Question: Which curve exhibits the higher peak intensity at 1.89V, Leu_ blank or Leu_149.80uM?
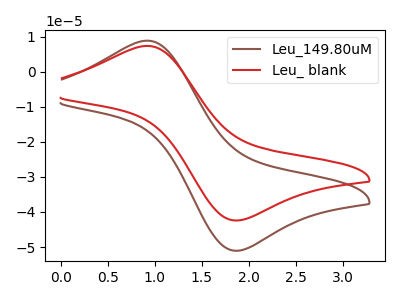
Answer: <think>The brown curve "Leu_149.80uM" has an anodic peak at (0.90V, 8.85uA) and a cathodic peak at (1.90V, -51.05uA). The red curve "Leu_ blank" has an anodic peak at (0.90V, 7.35uA) and a cathodic peak at (1.90V, -42.40uA).</think>
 <answer>The peak at 1.89V is lower in "Leu_ blank" than in "Leu_149.80uM".</answer>
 <eval>lower</eval>